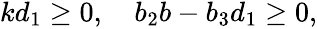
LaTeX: \begin{array}{r}{kd_{1}\geq 0,\quad b_{2}b-b_{3}d_{1}\geq 0,}\end{array}